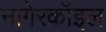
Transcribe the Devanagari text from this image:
नागेरकॉइल